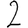
Digit: 2